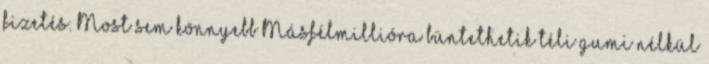
fizetés. Most sem könnyebb Másfélmillióra büntethetik téli gumi nélkül